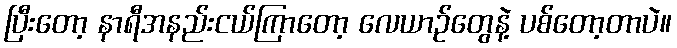
ပြီးတော့ နာရီအနည်းငယ်ကြာတော့ လေယာဉ်တွေနဲ့ ပစ်တော့တာပဲ။